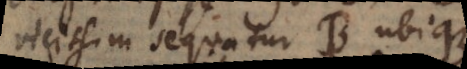
vicissim sequatur B ubique